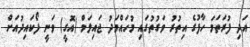
އަދި ފުރަތަމަ ހާފުގެ އިތުރު ވަގުތުގައި މުހައްމަދު ޖައިލަމް (އޮގީ) ވަނީ ފޯކައިދުއަށް